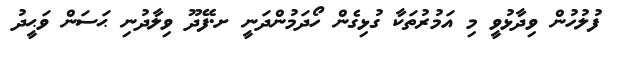
ފުލުހުން ވިދާޅުވީ މި އަމުރުތަކާ ގުޅިގެން ހޯދަމުންދަނީ ށ.ފޭދޫ ވިލާދުނި ޙަސަން ވަޙީދު